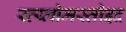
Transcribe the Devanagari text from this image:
स्त्य्लोमस्तोइद